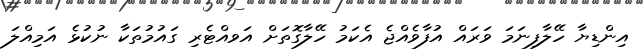
އިންޑިޔާ ހޭލާފިނަމަ ވަރައް އުފާވެއްޖެ އެކަމު ހޭލާގޮތަށް އަވއްޓެރި ގައުމުތަކާ ނުކުޅެ އަމިއްލަ